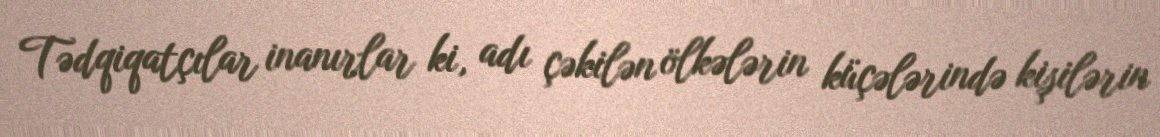
Tədqiqatçılar inanırlar ki, adı çəkilən ölkələrin küçələrində kişilərin